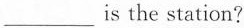
___ is the station?